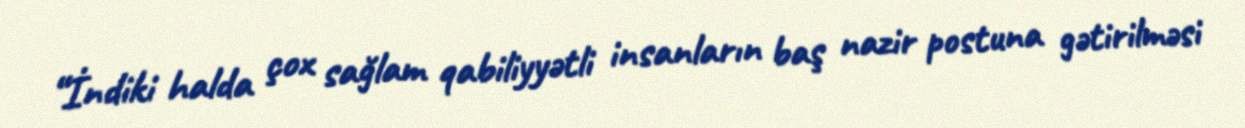
“İndiki halda çox sağlam qabiliyyətli insanların baş nazir postuna gətirilməsi